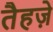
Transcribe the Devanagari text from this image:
तैहज़े